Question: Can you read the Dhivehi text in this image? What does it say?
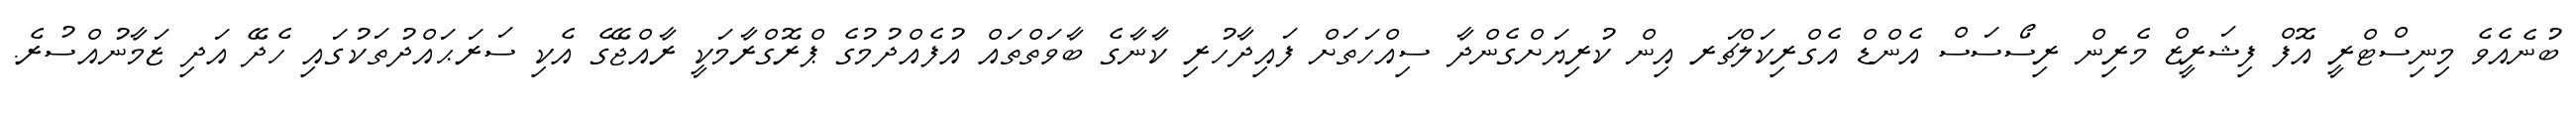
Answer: ބުނެއެވެ މިނިސްޓްރީ އޮފް ފިޝަރީޒް މެރިން ރިސޯސަސް އެންޑް އެގްރިކަލްޗަރ އިން ކުރިޔަށްގެންދާ ސިއްހަތަށް ފައިދާހުރި ކާނާގެ ބާވަތްތައް އުފެއްދުމުގެ ޕްރޮގްރާމަކީ ރާއްޖޭގެ އެކި ސަރަޙައްދުތަކުގައި ހެދޭ އަދި ޒަމާނުއްސުރެ.